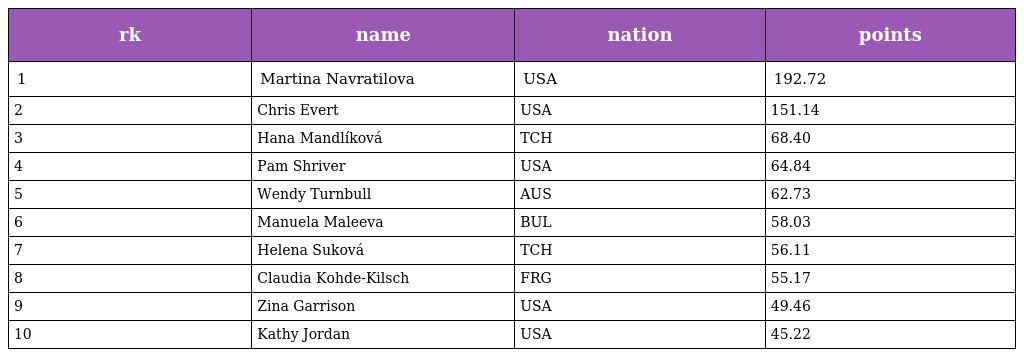
| rk | name | nation | points |
 | --- | --- | --- | --- |
 | 1 | Martina Navratilova | USA | 192.72 |
 | 2 | Chris Evert | USA | 151.14 |
 | 3 | Hana Mandlíková | TCH | 68.40 |
 | 4 | Pam Shriver | USA | 64.84 |
 | 5 | Wendy Turnbull | AUS | 62.73 |
 | 6 | Manuela Maleeva | BUL | 58.03 |
 | 7 | Helena Suková | TCH | 56.11 |
 | 8 | Claudia Kohde-Kilsch | FRG | 55.17 |
 | 9 | Zina Garrison | USA | 49.46 |
 | 10 | Kathy Jordan | USA | 45.22 |